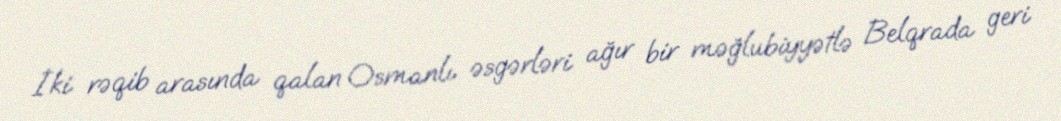
İki rəqib arasında qalan Osmanlı əsgərləri ağır bir məğlubiyyətlə Belqrada geri